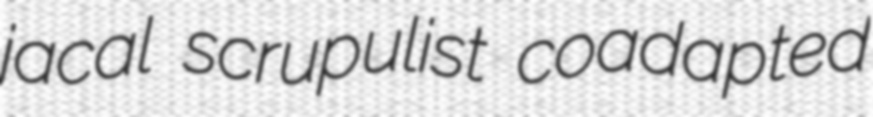
jacal scrupulist coadapted